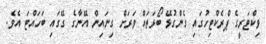
ވިކްޓަރީގެ ޕްރެކްޓިހުގައި ގެންގުޅޭ ބޯޅަތައް ވަރަށް ގިނައިން އޭނާގެ ގޭގައި ބަހައްޓަ އެވެ.